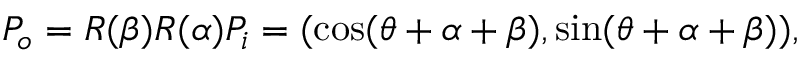
P _ { o } = R ( \beta ) R ( \alpha ) P _ { i } = ( \cos ( \theta + \alpha + \beta ) , \sin ( \theta + \alpha + \beta ) ) ,